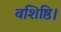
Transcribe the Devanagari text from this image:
वशिष्ठि।